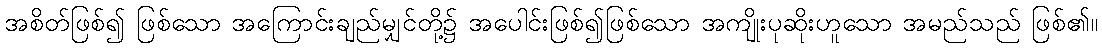
အစိတ်ဖြစ်၍ ဖြစ်သော အကြောင်းချည်မျှင်တို့၌ အပေါင်းဖြစ်၍ဖြစ်သော အကျိုးပုဆိုးဟူသော အမည်သည် ဖြစ်၏။